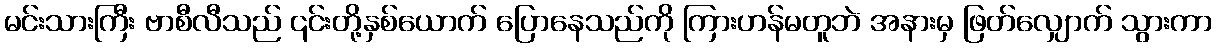
မင်းသားကြီး ဗာစီလီသည် ၎င်းတို့နှစ်ယောက် ပြောနေသည်ကို ကြားဟန်မတူဘဲ အနားမှ ဖြတ်လျှောက် သွားကာ